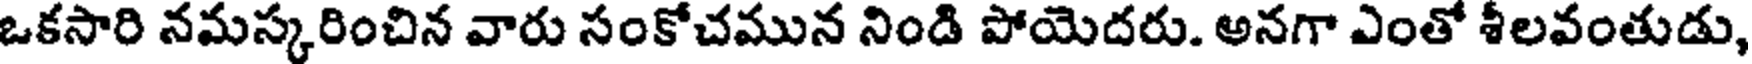
ఒకసారి నమస్కరించిన వారు సంకోచమున నిండి పోయెదరు. అనగా ఎంతో శీలవంతుడు,